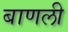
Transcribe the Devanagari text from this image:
बाणली